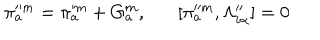
LaTeX: \pi _ { a } ^ { \prime \prime m } = \pi _ { a } ^ { \prime m } + G _ { a } ^ { m } , [ \pi _ { a } ^ { \prime \prime m } , \Lambda _ { i \alpha } ^ { \prime \prime } ] = 0